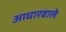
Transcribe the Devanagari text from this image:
आधारवाले